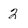
Character: 2